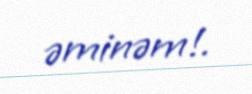
əminəm!.